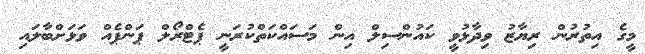
މީގެ އިތުރުން ރިޔާޒު ވިދާޅުވީ ކައުންސިލް އިން މަސައްކަތްކުރަނީ ޕެޓްރޯލް ޕަންޕެއް ވަޅަށްބާލައި